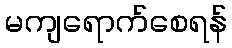
မကျရောက်စေရန်